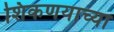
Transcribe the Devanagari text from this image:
शिकणयाच्या